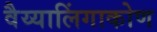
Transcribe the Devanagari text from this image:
वैय्यालिंगाकोण